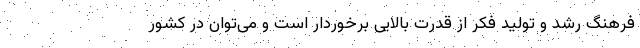
فرهنگ رشد و تولید فکر از قدرت بالایی برخوردار است و می‌توان در کشور